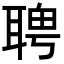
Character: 𦖛